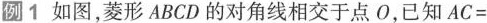
例1 如图，菱形ABCD的对角线相交于点O，已知$$AC =